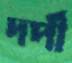
দর্পী